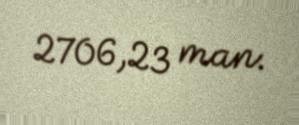
2706,23 man.